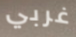
غربي